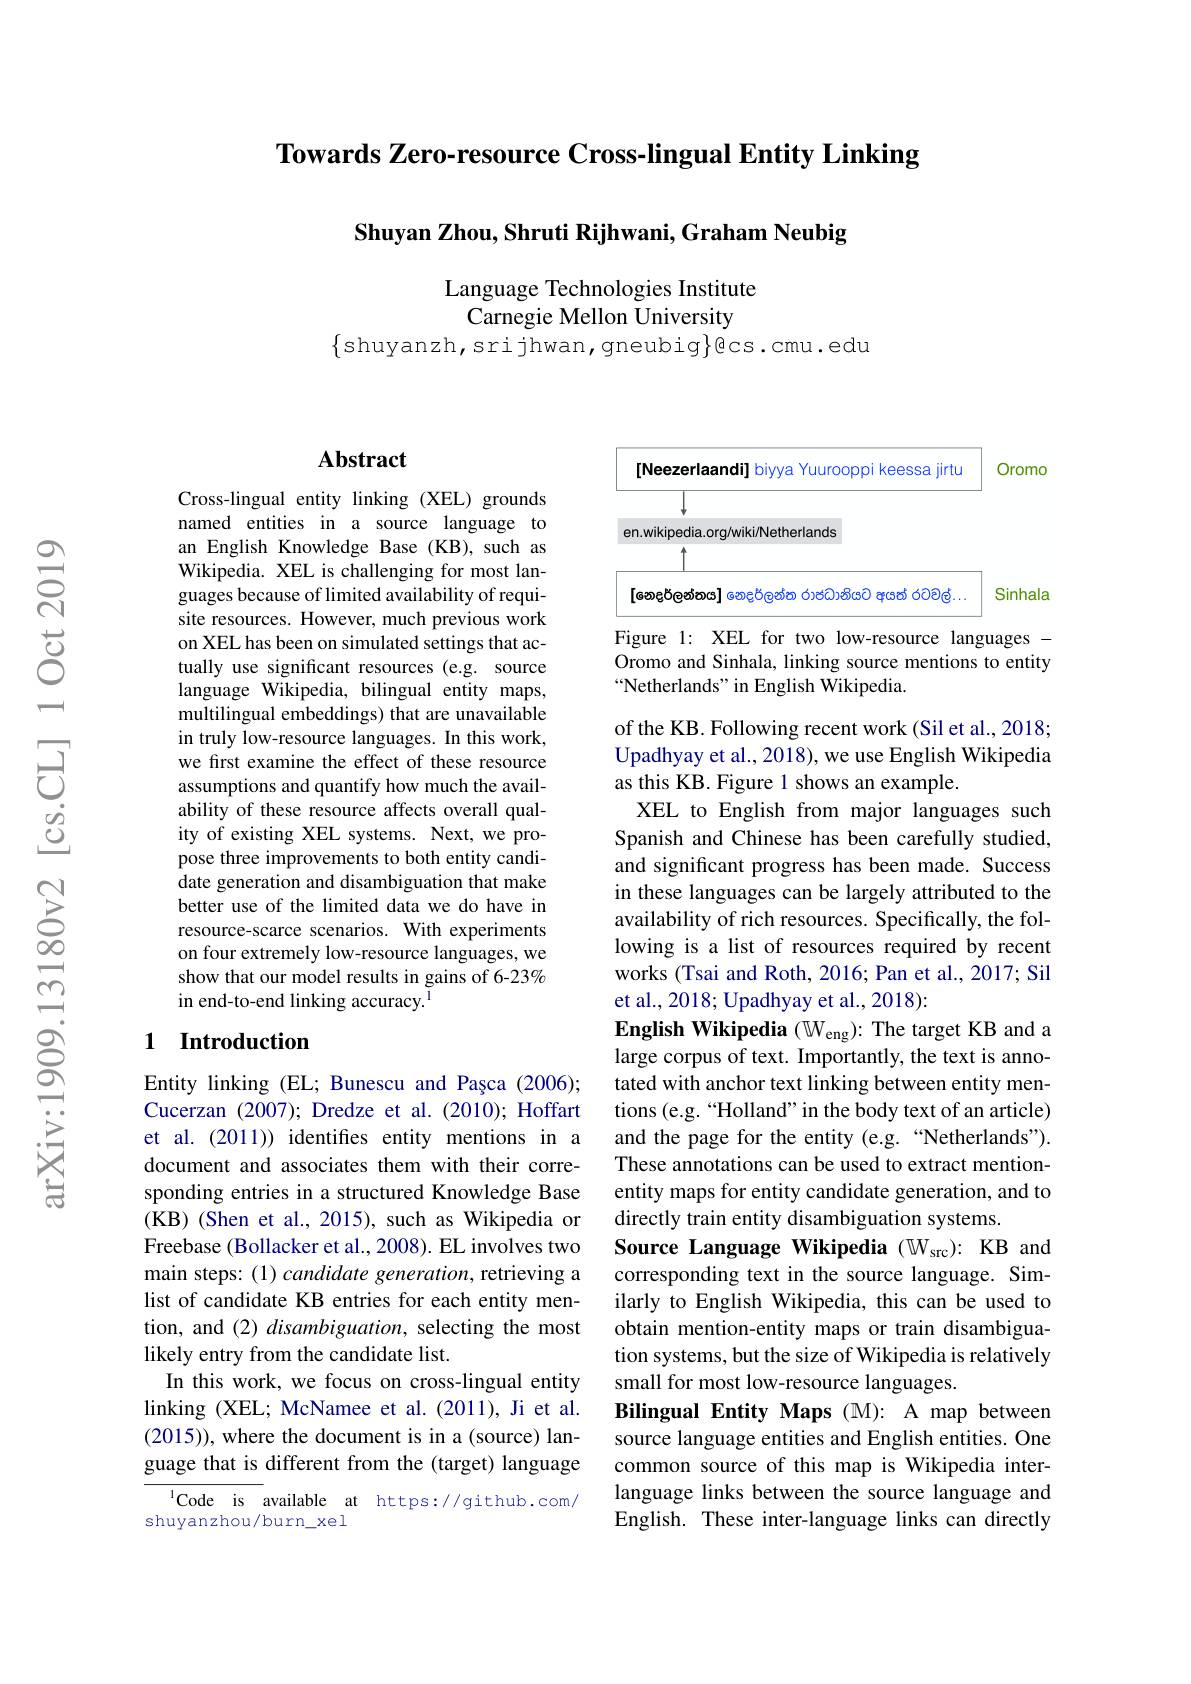
Towards Zero-resource Cross-lingual Entity Linking

$\textbf{Shuyan Zhou, Shruti Rijhwani, Graham Neubig}$

Language Technologies Institute
Carnegie Mellon University

$\{$shuyanzh,srijhwan,gneubig$\}$ecs.cmu.edu

### $\mathbf{Abstract}$

Cross-lingual entity linking (XEL) grounds named entities in a source language to an English Knowledge Base (KB), such as Wikipedia. XEL is challenging for most languages because of limited availability of requisite resources. However, much previous work on XEL has been on simulated settings that actually use significant resources (e.g. source language Wikipedia, bilingual entity maps, multilingual embeddings) that are unavailable in truly low-resource languages. In this work, we first examine the effect of these resource assumptions and quantify how much the availability of these resource affects overall quality of existing XEL systems. Next, we propose three improvements to both entity candidate generation and disambiguation that make better use of the limited data we do have in resource-scarce scenarios. With experiments on four extremely low-resource languages, we show that our model results in gains of 6-23% in end-to-end linking accuracy.$^{1}$

## 1 Introduction

Entity linking (EL; Bunescu and Pașca (2006); Cucerzan (2007); Dredze et al. (2010); Hoffart et al. (2011)) identifes entity mentions in a document and associates them with their corresponding entries in a structured Knowledge Base (KB) (Shen et al., 2015), such as Wikipedia or Freebase (Bollacker et al., 2008). EL involves two main steps: (1) candidate generation, retrieving a list of candidate KB entries for each entity mention, and (2) disambiguation, selecting the most likely entry from the candidate list.
In this work, we focus on cross-lingual entity linking (XEL; McNamee et al. (2011), Ji et al. (2015)), where the document is in a(source) language that is different from the (target) language

$^{1}$Code is available at https://github.com/
shuyanzhou/burn\_xel

<FigureHere>

Figure 1: XEL for two low-resource languages -

Oromo and Sinhala, linking source mentions to entity
“Netherlands" in English Wikipedia.

of the KB. Following recent work (Sil et al., 2018; Upadhyay et al., 2018), we use English Wikipedia as this KB. Figure 1 shows an example
XEL to English from major languages such Spanish and Chinese has been carefully studied, and significant progress has been made. Success in these languages can be largely attributed to the availability of rich resources. Specifically, the following is a list of resources required by recent works (Tsai and Roth, 2016; Pan et al., 2017; Sil et al., 2018; Upadhyay et al., 2018):
$\textbf{English Wikipedia }( \mathbb{W} _{\mathrm{eng}}) {: }$The target KB and a large corpus of text. Importantly, the text is annotated with anchor text linking between entity mentions (e.g.“Holland”in the body text of an article) and the page for the entity (e.g.“Netherlands") These annotations can be used to extract mentionentity maps for entity candidate generation, and to directly train entity disambiguation systems.
Source Language Wikipedia (Wsrc): KB and corresponding text in the source language. Similarly to English Wikipedia, this can be used to obtain mention-entity maps or train disambiguation systems, but the size of Wikipedia is relatively small for most low-resource languages.
Bilingual Entity Maps(M): A map between source language entities and English entities. One common source of this map is Wikipedia interlanguage links between the source language and English. These inter-language links can directly